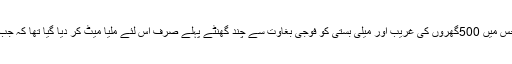
نیویارک کی پاکستان کے 1999والے مارشل لاء کی سیلیا ڈگر کی رپورٹ نکال کر دیکھیں جس میں 500گھروں کی غریب اور میلی بستی کو فوجی بغاوت سے چند گھنٹے پہلے صرف اس لئے ملیا میٹ کر دیا گیا تھا کہ جب شاہزادوں کی سواریاں گزرتی تھیں تو وہ غربت کا نظارہ ان کی آنکھوں کے لئے زحمت تھا ۔